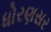
ધોરણસર